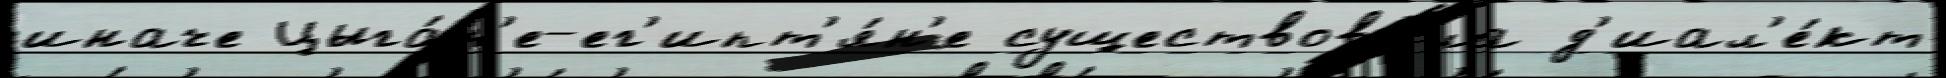
иначе Цыга́н'е-ег'ипт'я́н'е существова́ла д'иал'е́кт